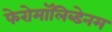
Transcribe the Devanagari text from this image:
फेरोमॉलिब्डेनम